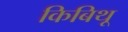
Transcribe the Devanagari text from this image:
किबिथू